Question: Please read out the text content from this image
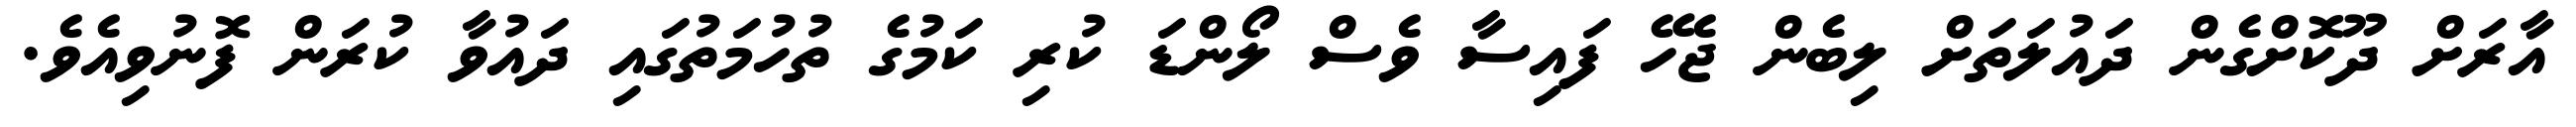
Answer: އާރަށް ދޫކޮށްގެން ދައުލަތަށް ލިބެން ޖެހޭ ފައިސާ ވެސް ލޯންޑަ ކުރި ކަމުގެ ތުހުމަތުގައި ދައުވާ ކުރަން ފޮނުވިއެވެ.